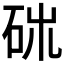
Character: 𥑓